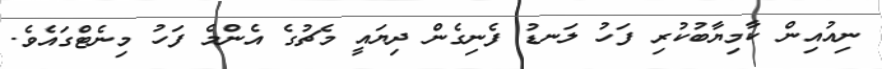
ނިއުއިން ކާމިޔާބުކުރި ފަހު ލަނޑު ފެނިގެން ދިޔައީ މެޗުގެ އެންމެ ފަހު މިނެޓްގައެވެ.